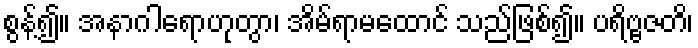
စွန့်၍။ အနာဂါရောဟုတွာ၊ အိမ်ရာမထောင် သည်ဖြစ်၍။ ပရိဗ္ဗဇတိ၊